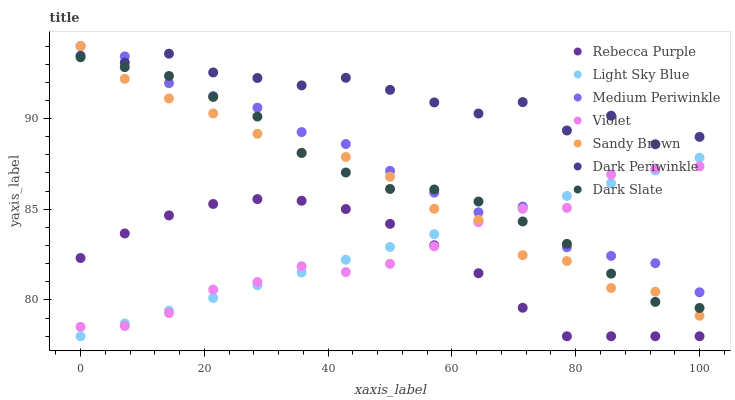
| xaxis_label | Rebecca Purple | Light Sky Blue | Medium Periwinkle | Violet | Sandy Brown | Dark Periwinkle | Dark Slate |
 | --- | --- | --- | --- | --- | --- | --- | --- |
 | 0 | 82.3 | 78 | 94 | 78.5 | 94 | 93.5 | 93.4 |
 | 7.14 | 83.7 | 78.7 | 93.4 | 78.6 | 92.2 | 93.1 | 92.8 |
 | 14.3 | 84.7 | 79.4 | 92 | 79.3 | 91.1 | 93.6 | 92.3 |
 | 21.4 | 85.3 | 80.1 | 91.2 | 80.6 | 90.3 | 92.5 | 91.2 |
 | 28.6 | 85.6 | 80.8 | 90.6 | 81 | 89.2 | 92.2 | 90.1 |
 | 35.7 | 85.5 | 81.5 | 89.3 | 81.9 | 88.1 | 91.8 | 88.1 |
 | 42.9 | 85 | 82.2 | 88.6 | 81.5 | 87.9 | 92.2 | 87 |
 | 50 | 84.2 | 82.9 | 87.1 | 82 | 86.8 | 91.6 | 86.1 |
 | 57.1 | 83 | 83.6 | 85.9 | 83 | 85 | 90.9 | 86.1 |
 | 64.3 | 81.5 | 84.3 | 84.8 | 84.3 | 84.4 | 90.3 | 85.4 |
 | 71.4 | 79.6 | 85 | 85.1 | 85 | 82.5 | 90.9 | 84.3 |
 | 78.6 | 78 | 85.7 | 82.9 | 85.1 | 82.1 | 89.3 | 83.1 |
 | 85.7 | 78 | 86.4 | 82.4 | 86.9 | 80.7 | 90.2 | 81.5 |
 | 92.9 | 78 | 87.1 | 82 | 87.2 | 80.5 | 88.6 | 79.9 |
 | 100 | 78 | 87.8 | 80.4 | 87.4 | 79.1 | 89 | 79.6 |